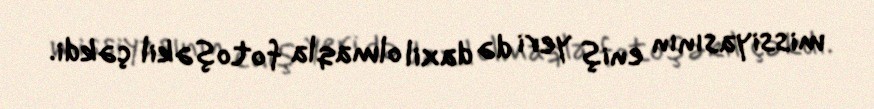
missiyasının eniş yeri də daxil olmaqla fotoşəkil çəkdi.